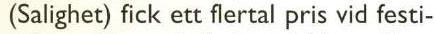
(Salighet) fick ett flertal pris vid festi-